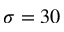
\sigma = 3 0